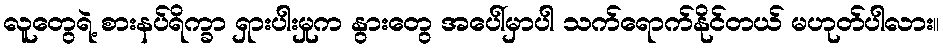
လူတွေရဲ့ စားနပ်ရိက္ခာ ရှားပါးမှုက နွားတွေ အပေါ်မှာပါ သက်ရောက်နိုင်တယ် မဟုတ်ပါလား။